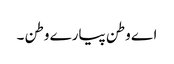
اے وطن پیارے وطن ۔